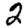
Digit: 2